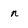
Character: n